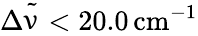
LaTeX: \Delta{\tilde{\upnu}}<20.0\, \mathrm{cm}^{-1}